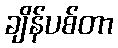
ချိန်ပစ်တာ